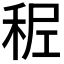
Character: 𥞭